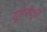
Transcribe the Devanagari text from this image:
यूरोसेंट्स